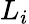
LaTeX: L_{i}